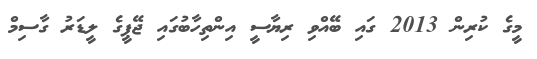
މީގެ ކުރިން 2013 ގައި ބޭއްވި ރިޔާސީ އިންތިހާބުގައި ޖޭޕީގެ ލީޑަރު ގާސިމް